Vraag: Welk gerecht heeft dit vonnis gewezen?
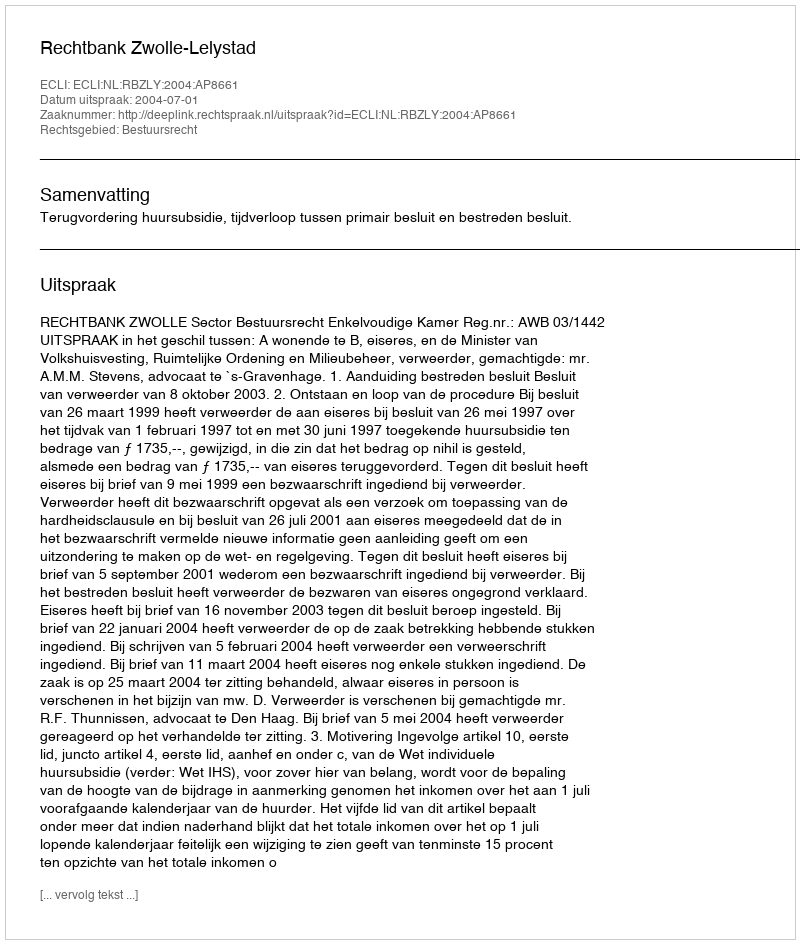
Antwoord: Rechtbank Zwolle-Lelystad